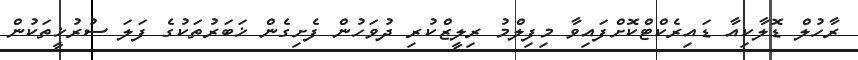
ރާހުލް ޑޮލާކިއާ ޑައިރެކްޓްކޮށްފައިވާ މިފިލްމު ރިލީޒްކުރި ދުވަހުން ފެށިގެން ޚަބަރުތަކުގެ ފަލަ ސުރުޚީތަކުން